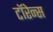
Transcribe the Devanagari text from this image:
टॉरेन्स